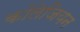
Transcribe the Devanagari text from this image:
कॉलेजियन